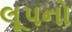
લૂપનો